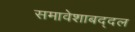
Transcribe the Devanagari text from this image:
समावेशाबद्दल